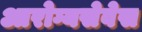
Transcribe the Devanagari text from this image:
आरोग्यसेवेस